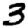
Digit: 3